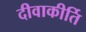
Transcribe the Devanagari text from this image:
दीवाकीर्ति